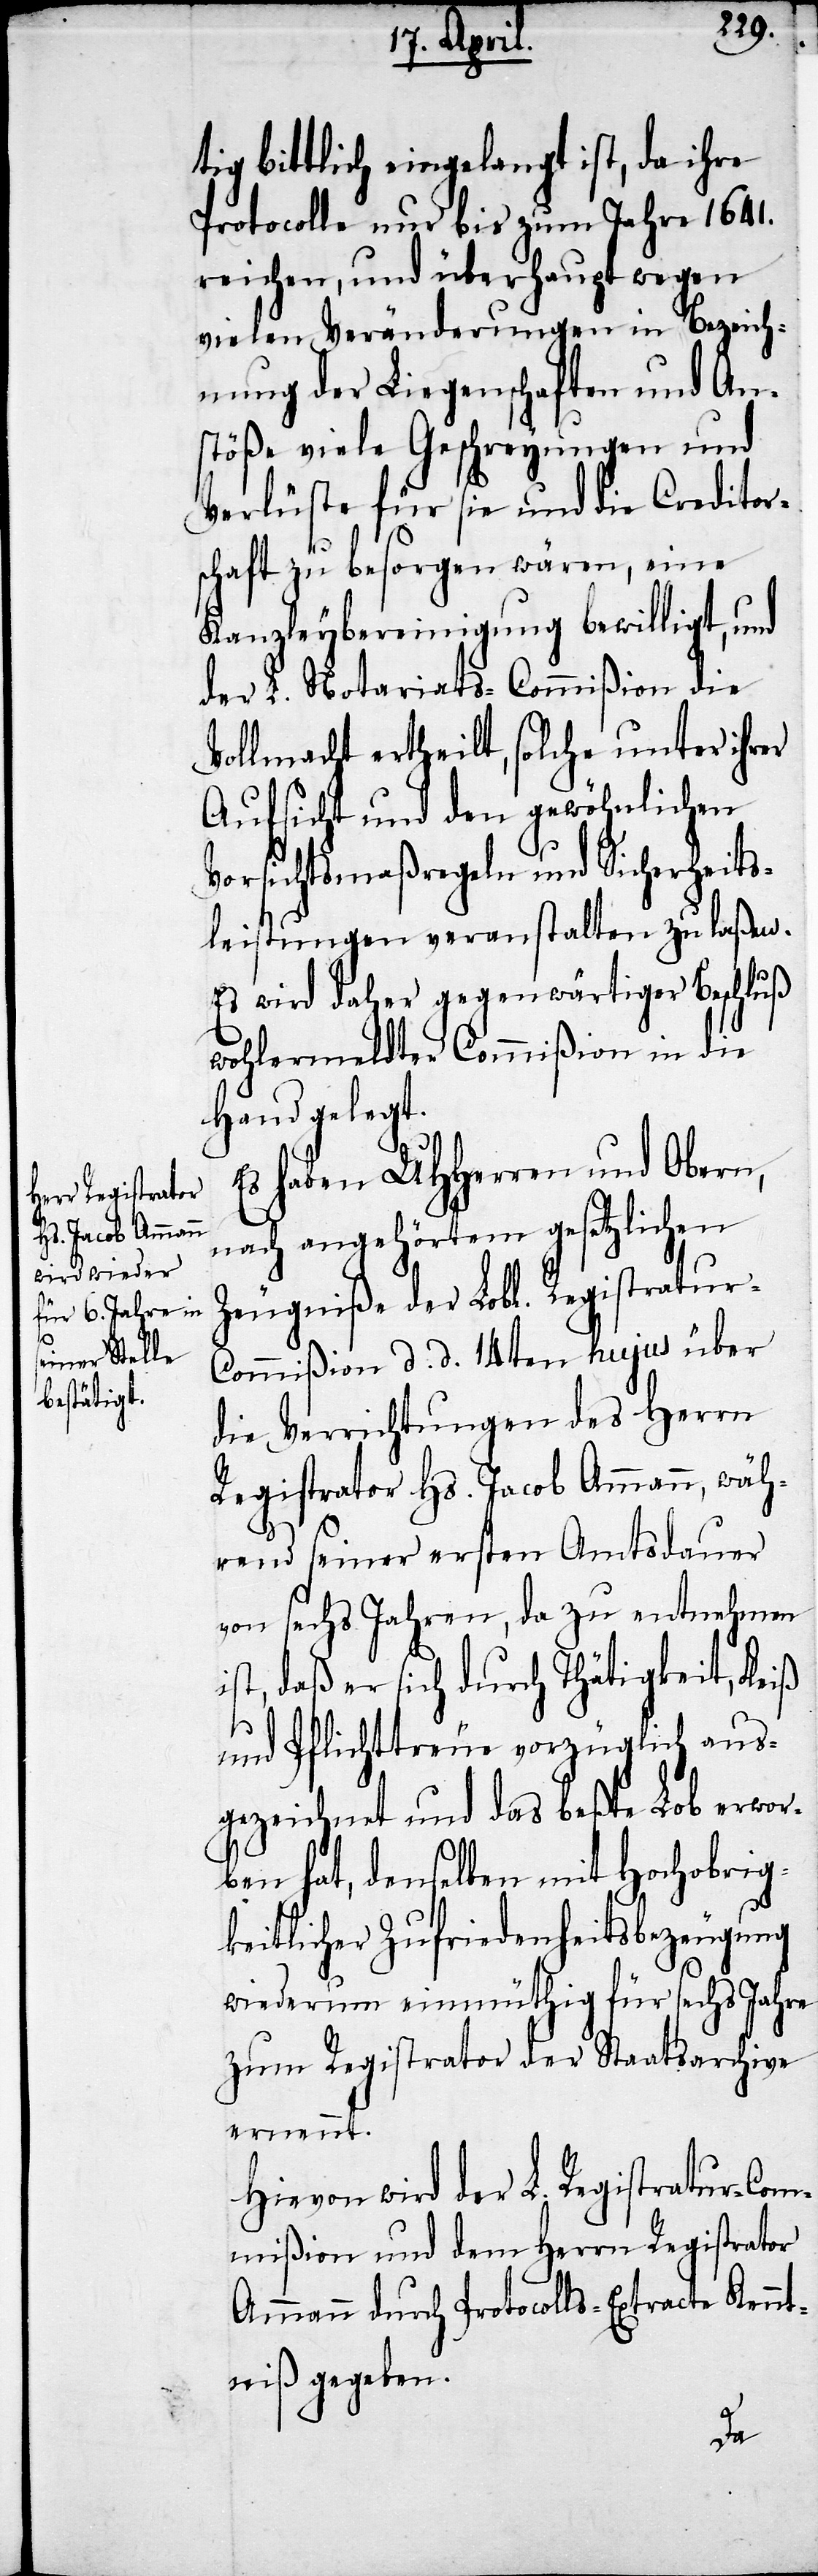
tig bittlich eingelangt ist, da ihre
Protocolle nur bis zum Jahre 1641.
reichen, und überhaupt wegen
vielen Veränderungen in Bezeich¬
nung der Liegenschaften und An¬
stöße viele Geschreyungen und
Verlüste für sie und die Creditor¬
schaft zu besorgen wären, eine
Kanzleybereinigung bewilligt, und
der L. Notariats-Commißion die
Vollmacht ertheilt, solche unter ihrer
Aufsicht und den gewöhnlichen
Vorsichtsmaßregeln und Sicherheits¬
leistungen veranstalten zu laßen.
Es wird daher gegenwärtiger Beschluß
wohlermeldter Commißion in die
Hand gelegt.
Es haben UHHerren und Obern,
nach angehörtem gesetzlichen
Zeugniße der Lobl. Registratur-C¬
ommißion d. d. 14ten hujus über
die Verrichtungen des Herrn
Registrator Hs. Jacob Ammann, wäh¬
rend seiner ersten Amtsdauer
von sechs Jahren, da zu entnehmen
ist, daß er sich durch Thätigkeit, Fleiß
und Pflichttreue vorzüglich aus¬
gezeichnet und das beßte Lob erwor¬
ben hat, denselben mit Hochobrig¬
keitlicher Zufriedenheitsbezeugung
wiederum einmüthig für sechs Jahre
zum Registrator der Staatsarchive
ernennt.
Hievon wird der L. Registratur-Com¬
mißion und dem Herrn Registrator
Ammann durch Protocolls-Extracte Kennt¬
niß gegeben.